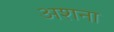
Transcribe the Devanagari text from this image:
अशना